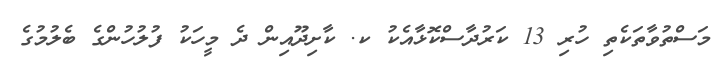
މަސްތުވާތަކެތި ހުރި 13 ކަރުދާސްކޮޅާއެކު ކ. ކާށިދޫއިން ދެ މީހަކު ފުލުހުންގެ ބެލުމުގެ